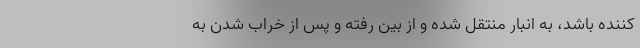
‌کننده باشد، به انبار منتقل شده و از بین رفته و پس از خراب شدن به